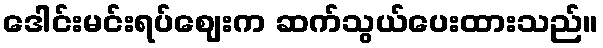
ဒေါင်းမင်းရပ်ဈေးက ဆက်သွယ်ပေးထားသည်။